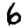
Digit: 6